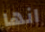
انها